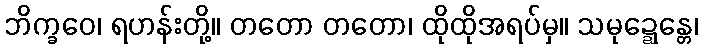
ဘိက္ခဝေ၊ ရဟန်းတို့။ တတော တတော၊ ထိုထိုအရပ်မှ။ သမုဍ္ဍေန္တေ၊